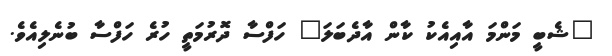
"ޝެބީ މަންމަ އާއިއެކު ކާން އާދެބަލަ" ހަފްސާ ދޮރުމަތީ ހުރެ ހަފްސާ ބުނެލިއެވެ.